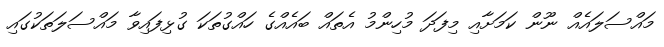
މައްސަލައެއް ނޫން ކަމަށާއި މިފަދަ މުހިންމު އެތައް ބައެއްގެ ހައްގުތަކަ ގުޅިފައިވާ މައްސަލަތަކުގައި